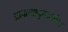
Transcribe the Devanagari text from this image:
आपल्यापुस्तकांवर